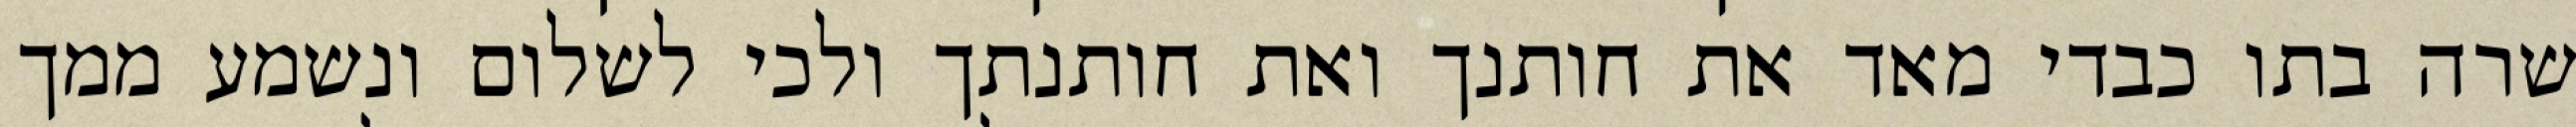
שרה בתו כבדי מאד את חותנך ואת חותנתך ולכי לשלום ונשמע ממך